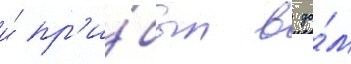
и́ пр'и́был в до́м